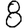
Digit: 8